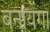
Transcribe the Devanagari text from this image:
बनायेंगा